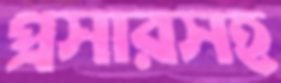
প্রসারসহ